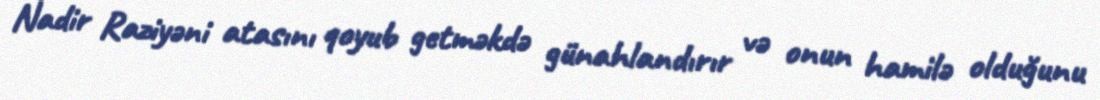
Nadir Raziyəni atasını qoyub getməkdə günahlandırır və onun hamilə olduğunu